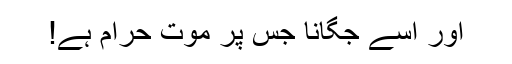
اور اُسے جگانا جس پر موت حرام ہے!